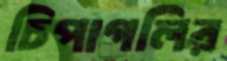
চিপাগলির